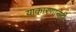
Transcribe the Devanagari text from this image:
याकारणानेही